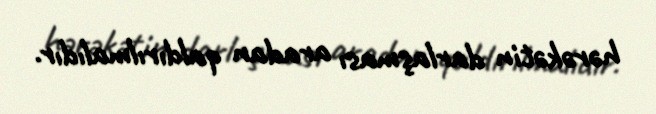
hərəkətin darlaşması aradan qaldırılmalıdır.